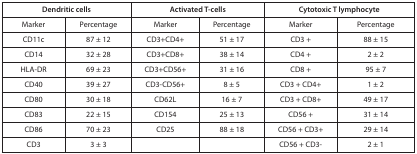
<table><thead><tr><td colspan="2"><b>Dendritic Cells</b></td><td colspan="2"><b>Activated T-Cells</b></td><td colspan="2"><b>Cytotoxic T Lymphocyte</b></td></tr></thead><tbody><tr><td>Marker</td><td>Percentage</td><td>Marker</td><td>Percentage</td><td>Marker</td><td>Percentage</td></tr><tr><td>CD11c</td><td>87 ± 12</td><td>CD3+CD4+</td><td>51 ± 17</td><td>CD3+</td><td>88 ± 15</td></tr><tr><td>CD14</td><td>32 ± 28</td><td>CD3+CD8+</td><td>38 ± 14</td><td>CD4+</td><td>2 ± 2</td></tr><tr><td>HLA-DR</td><td>69 ± 23</td><td>CD3+CD56+</td><td>31 ± 16</td><td>CD8+</td><td>95 ± 7</td></tr><tr><td>CD40</td><td>39 ± 27</td><td>CD3-CD56+</td><td>8 ± 5</td><td>CD3+CD4+</td><td>1 ± 2</td></tr><tr><td>CD80</td><td>30 ± 18</td><td>CD62L</td><td>16 ± 7</td><td>CD3+CD8+</td><td>49 ± 17</td></tr><tr><td>CD83</td><td>22 ± 15</td><td>CD154</td><td>25 ± 13</td><td>CD56+</td><td>31 ± 14</td></tr><tr><td>CD86</td><td>70 ± 23</td><td>CD25</td><td>88 ± 18</td><td>CD56+CD3+</td><td>29 ± 14</td></tr><tr><td>CD3</td><td>3 ± 3</td><td> </td><td> </td><td>CD56+CD3-</td><td>2 ± 1</td></tr></tbody></table>